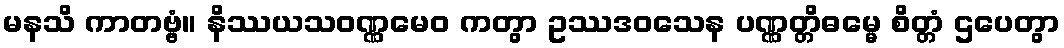
မနသိ ကာတဗ္ဗံ။ နိဿယသဝဏ္ဏမေဝ ကတွာ ဥဿဒဝသေန ပဏ္ဏတ္တိဓမ္မေ စိတ္တံ ဌပေတွာ